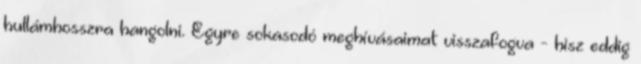
hullámhosszra hangolni. Egyre sokasodó meghívásaimat visszafogva - hisz eddig